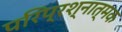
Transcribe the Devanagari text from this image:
परिप्रश्नात्मक